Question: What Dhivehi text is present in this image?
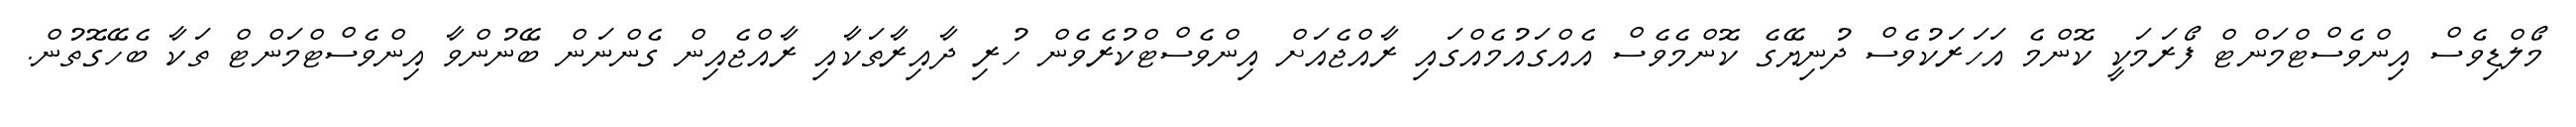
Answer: މޯލްޑިވެސް އިންވެސްޓްމަންޓް ފޯރަމަކީ ކޮންމެ އަހަރަކުވެސް ދުނިޔޭގެ ކޮންމެވެސް އެއްގައުމެއްގައި ރާއްޖެއަށް އިންވެސްޓްކުރެވެން ހުރި ދާއިރާތަކާއި ރާއްޖެއިން ގެންނަން ބޭނުންވާ އިންވެސްޓްމަންޓް ތަކާ ބެހޭގޮތުން.